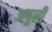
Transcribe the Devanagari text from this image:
अपुलीं